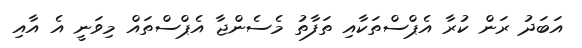
އަބަދު ރަން ކުރާ އެޕްސްތަކާއި ތަފާތު މެސެންޖާ އެޕްސްތައް މިވަނީ އެ އާއި